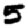
Digit: 5